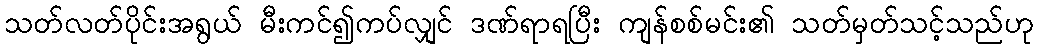
သတ်လတ်ပိုင်းအရွယ် မီးကင်၍ကပ်လျှင် ဒဏ်ရာရပြီး ကျန်စစ်မင်း၏ သတ်မှတ်သင့်သည်ဟု